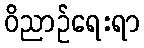
ဝိညာဉ်ရေးရာ